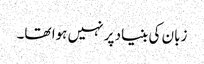
زبان کی بنیاد پر نہیں ہوا تھا۔